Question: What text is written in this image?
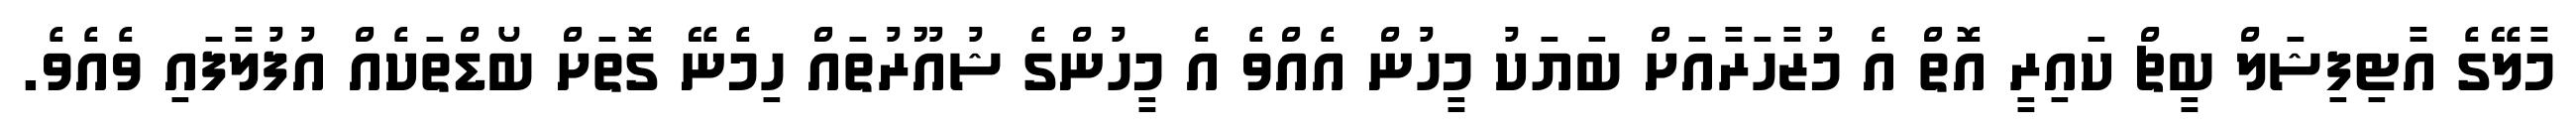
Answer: މާލޭގެ އާޓިފިޝަލް ބީޗް ކައިރީ އޮތް އެ މުޒާހަރާއަށް ބަޔަކު މީހުން އެއްވެ އެ މީހުންގެ ޝުއޫރުތައް ހިމެނޭ ގޮތަށް ބޯޑްތަކެއް އުފުލާފައި ވެއެވެ.